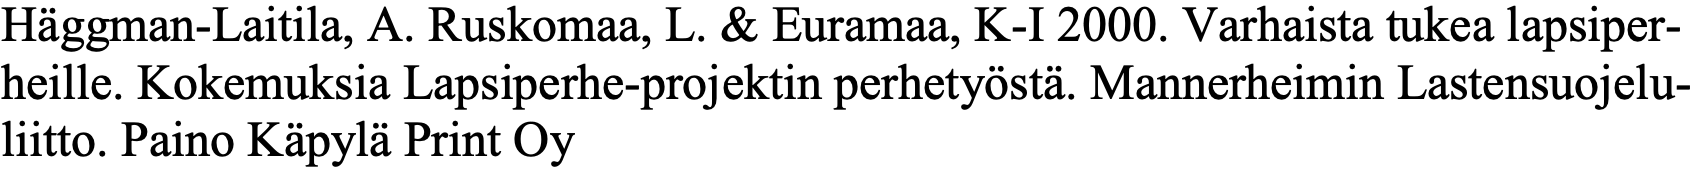
Häggman-Laitila, A. Ruskomaa, L. & Euramaa, K-I 2000. Varhaista tukea lapsiper- heille. Kokemuksia Lapsiperhe-projektin perhetyöstä. Mannerheimin Lastensuojelu- liitto. Paino Käpylä Print Oy